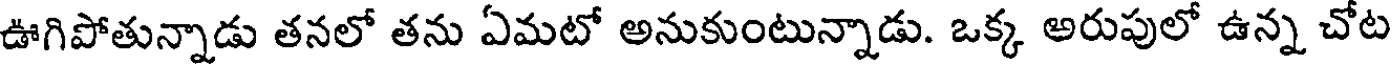
ఊగిపోతున్నాడు తనలో తను ఏమటో అనుకుంటున్నాడు. ఒక్క అరుపులో ఉన్న చోట